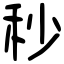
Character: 秒